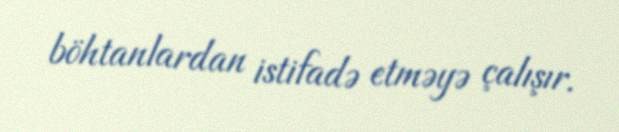
böhtanlardan istifadə etməyə çalışır.